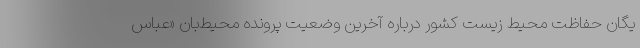
یگان حفاظت محیط زیست کشور درباره آخرین وضعیت پرونده محیط‌بان «عباس